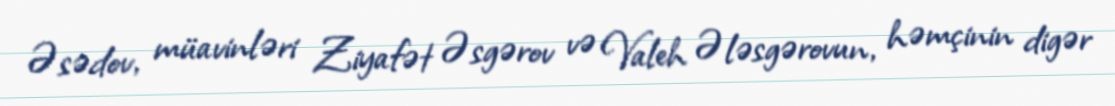
Əsədov, müavinləri Ziyafət Əsgərov və Valeh Ələsgərovun, həmçinin digər